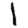
Digit: 1